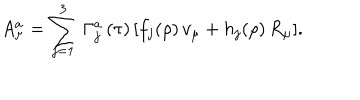
A _ { \mu } ^ { a } = \sum _ { j = 1 } ^ { 3 } \, \Gamma _ { j } ^ { a } \, ( \tau ) \, [ f _ { j } ( \rho ) \, v _ { \mu } + h _ { j } ( \rho ) \, R _ { \mu } ] .